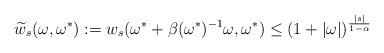
LaTeX: \begin{align*} \widetilde{w}_s(\omega,\omega^\ast) := w_s(\omega^\ast+\beta(\omega^\ast)^{-1}\omega,\omega^\ast) \leq (1+|\omega|)^{\frac{|s|}{1-\alpha}}\end{align*}